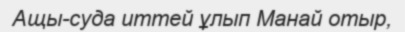
Ащы-суда иттей ұлып Манай отыр,